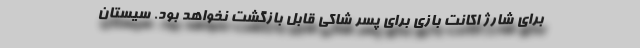
برای شارژ اکانت بازی برای پسر شاکی قابل بازگشت نخواهد بود. سيستان